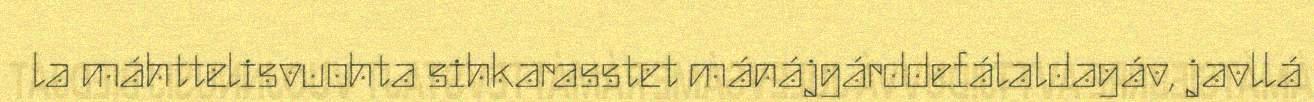
la máhttelisvuohta sihkarasstet mánájgárddefálaldagáv, javllá